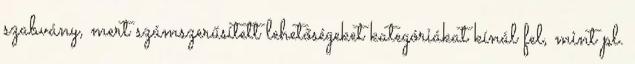
szabvány, mert számszerűsített lehetőségeket kategóriákat kínál fel, mint pl.